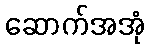
ဆောက်အအုံ